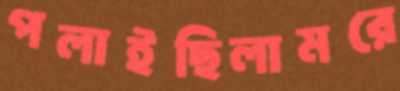
পলাইছিলামরে